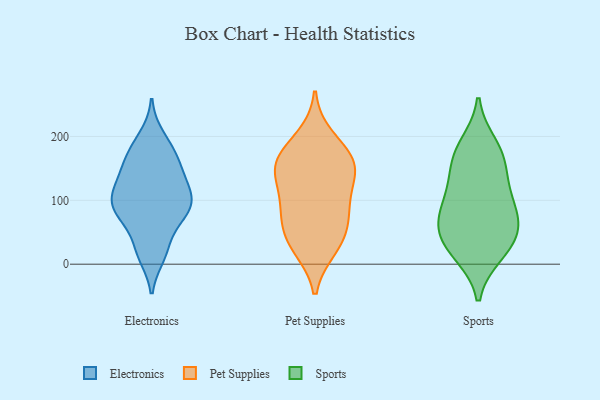
{"axis": {"x": "Satisfaction Score", "y": "Value"}, "legend": ["Electronics", "Pet Supplies", "Sports"], "data": [{"x": "", "y": 25, "type": "Electronics"}, {"x": "", "y": 23, "type": "Electronics"}, {"x": "", "y": 152, "type": "Electronics"}, {"x": "", "y": 110, "type": "Electronics"}, {"x": "", "y": 137, "type": "Electronics"}, {"x": "", "y": 95, "type": "Electronics"}, {"x": "", "y": 79, "type": "Electronics"}, {"x": "", "y": 14, "type": "Electronics"}, {"x": "", "y": 72, "type": "Electronics"}, {"x": "", "y": 162, "type": "Electronics"}, {"x": "", "y": 134, "type": "Electronics"}, {"x": "", "y": 173, "type": "Electronics"}, {"x": "", "y": 91, "type": "Electronics"}, {"x": "", "y": 83, "type": "Electronics"}, {"x": "", "y": 181, "type": "Electronics"}, {"x": "", "y": 199, "type": "Electronics"}, {"x": "", "y": 82, "type": "Electronics"}, {"x": "", "y": 111, "type": "Electronics"}, {"x": "", "y": 111, "type": "Electronics"}, {"x": "", "y": 115, "type": "Pet Supplies"}, {"x": "", "y": 198, "type": "Pet Supplies"}, {"x": "", "y": 26, "type": "Pet Supplies"}, {"x": "", "y": 150, "type": "Pet Supplies"}, {"x": "", "y": 165, "type": "Pet Supplies"}, {"x": "", "y": 167, "type": "Pet Supplies"}, {"x": "", "y": 45, "type": "Pet Supplies"}, {"x": "", "y": 31, "type": "Pet Supplies"}, {"x": "", "y": 152, "type": "Pet Supplies"}, {"x": "", "y": 147, "type": "Pet Supplies"}, {"x": "", "y": 92, "type": "Pet Supplies"}, {"x": "", "y": 70, "type": "Pet Supplies"}, {"x": "", "y": 83, "type": "Pet Supplies"}, {"x": "", "y": 47, "type": "Sports"}, {"x": "", "y": 38, "type": "Sports"}, {"x": "", "y": 92, "type": "Sports"}, {"x": "", "y": 144, "type": "Sports"}, {"x": "", "y": 176, "type": "Sports"}, {"x": "", "y": 165, "type": "Sports"}, {"x": "", "y": 124, "type": "Sports"}, {"x": "", "y": 76, "type": "Sports"}, {"x": "", "y": 187, "type": "Sports"}, {"x": "", "y": 69, "type": "Sports"}, {"x": "", "y": 100, "type": "Sports"}, {"x": "", "y": 17, "type": "Sports"}, {"x": "", "y": 16, "type": "Sports"}, {"x": "", "y": 51, "type": "Sports"}]}